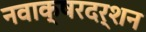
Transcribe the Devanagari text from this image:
नवाक्षरदर्शन